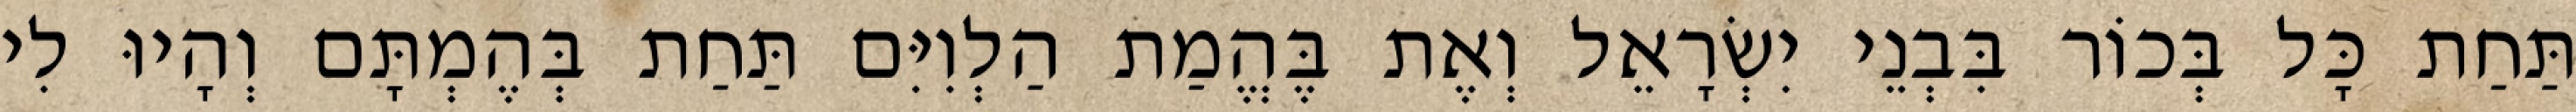
תַּחַת כָּל בְּכוֹר בִּבְנֵי יִשְׂרָאֵל וְאֶת בֶּהֱמַת הַלְוִיִּם תַּחַת בְּהֶמְתָּם וְהָיוּ לִי